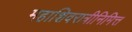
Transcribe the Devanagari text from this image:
महाशिवरात्रीनिमित्त